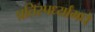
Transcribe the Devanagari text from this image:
प्रतिस्पर्ध्यांमधे